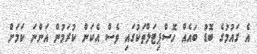
އެ ގައުމުގެ ބޮޑު ބައެއް ހޮސްޕިޓަލްތަކުގައި ވެސް އެކަން ކުރަމުން އަންނަ ކަމަށް